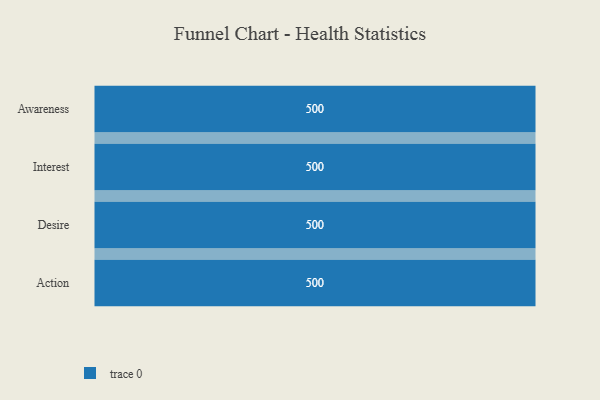
{"axis": {"x": "Stage", "y": "Value"}, "legend": [""], "data": [{"x": "Awareness", "y": 500, "type": ""}, {"x": "Interest", "y": 500, "type": ""}, {"x": "Desire", "y": 500, "type": ""}, {"x": "Action", "y": 500, "type": ""}]}